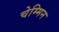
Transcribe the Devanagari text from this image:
चेम्मिन